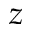
z